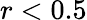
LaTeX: r<0.5